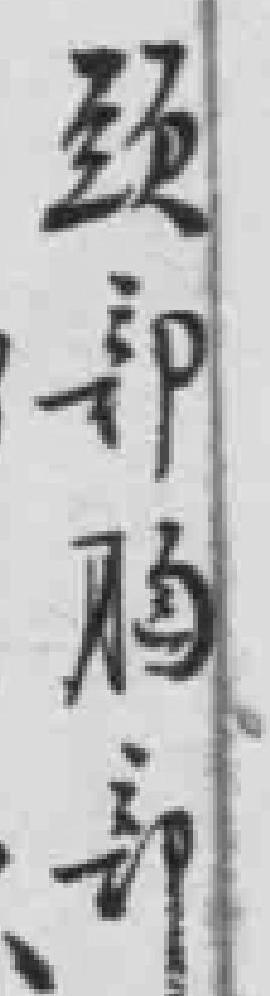
颈部胸部